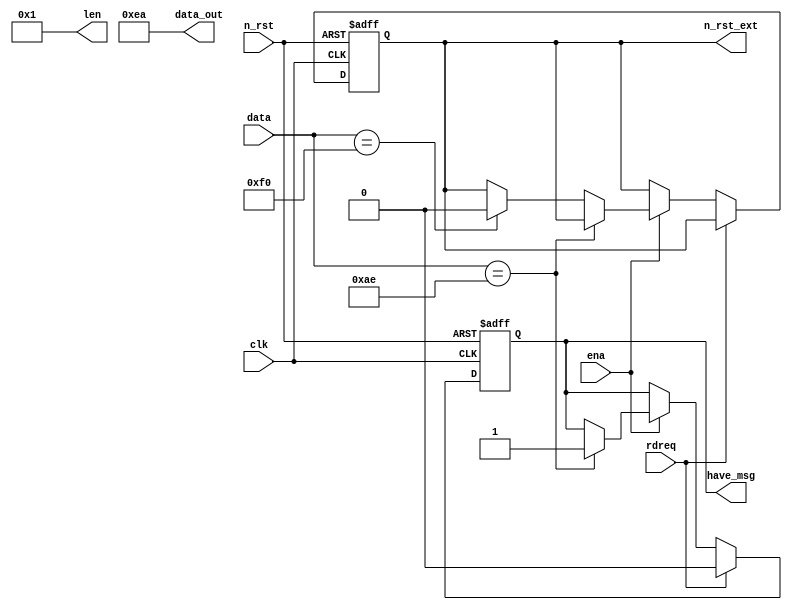
module keep_alive (
  input       n_rst,
  input       clk,
  input [7:0] data,
  input       ena,
  
  output reg    have_msg,
  input         rdreq,
  output [7:0]  data_out,
  output [7:0]  len,
  output reg    n_rst_ext
);

assign data_out = 8'hEA;
assign len = 8'h1;

always@(posedge clk or negedge n_rst)
  if(!n_rst)
    begin
    have_msg <= 1'b0;
    n_rst_ext <= 1'b1;
    end
  else
    begin
    if(rdreq)
      have_msg <= 1'b0;
    else if(ena)
      begin
      if(data == 8'hAE)
        have_msg <= 1'b1;
      else if(data == 8'hF0)
        n_rst_ext <= 1'b0;
      end
    end

endmodule